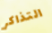
التذاكر